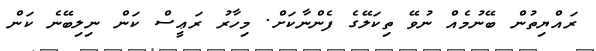
ރައްޔިތުން ބޭނުމެއް ނުވޭ ތިކަލޭގެ ފެންނާކަށް. މިހާރު ރަޢީސް ކަން ނިލިބޭނެ ކަން